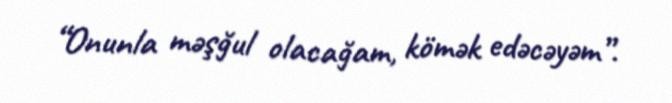
“Onunla məşğul olacağam, kömək edəcəyəm”.